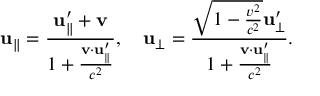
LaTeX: \mathbf { u } _ { \parallel } = { \frac { \mathbf { u } _ { \parallel } ^ { \prime } + \mathbf { v } } { 1 + { \frac { \mathbf { v } \cdot \mathbf { u } _ { \parallel } ^ { \prime } } { c ^ { 2 } } } } } , \quad \mathbf { u } _ { \perp } = { \frac { { \sqrt { 1 - { \frac { v ^ { 2 } } { c ^ { 2 } } } } } \mathbf { u } _ { \perp } ^ { \prime } } { 1 + { \frac { \mathbf { v } \cdot \mathbf { u } _ { \parallel } ^ { \prime } } { c ^ { 2 } } } } } .